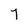
Character: 7